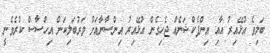
ބަލިވެ އުޅޭއިރު އާއި އިންފެކްޝަނެއް ޖެހިގެން އުޅޭއިރު އިންސާނާއަށް ވަރުބަލިކަން އިހްސާސް ކުރެވެނީ